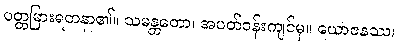
ပတ္တမြားရတနာ၏။ သမန္တတော၊ အပတ်ဝန်းကျင်မှ။ ယောဇနဿ၊